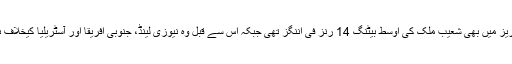
عالمی کپ سے پہلے انگلینڈ کیخلاف ہونے والی سیریز میں بھی شعیب ملک کی اوسط بیٹنگ 14 رنز فی اننگز تھی جبکہ اس سے قبل وہ نیوزی لینڈ، جنوبی افریقا اور آسٹریلیا کیخلاف ہونے والی ون ڈے سیریز میں بھی ناکام رہے تھے۔